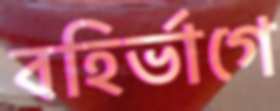
বহির্ভাগে